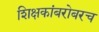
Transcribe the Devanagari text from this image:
शिक्षकांबरोबरच